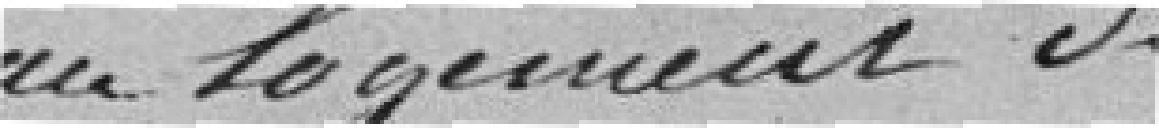
logement du